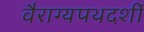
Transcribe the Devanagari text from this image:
वैराग्यपथदर्शी